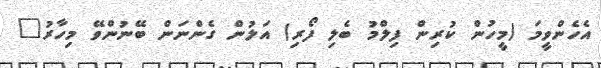
އެހެންވީމަ (މީހުން ކުރިން ފިލްމު ބެލި ފޯރި) އަލުން ގެންނަން ބޭނުންވޭ މިހާރު"